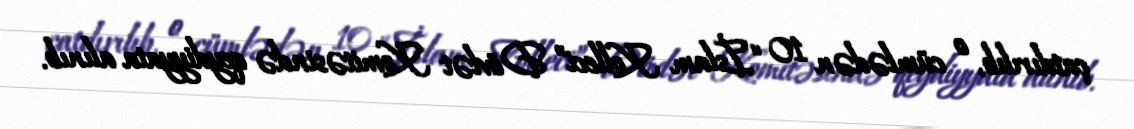
çatdırılıb, o cümlədən 10 “İslam Kolleci” Dövlət Komitəsində qeydiyyata alınıb.